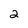
Character: 2